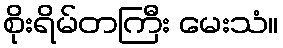
စိုးရိမ်တကြီး မေးသံ။